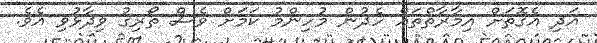
އަދި އެގޮތަށް އިމާރާތްތައް ހެދުން މުހިންމު ކަމަށް ވެސް ތޯރިގު ވިދާޅުވި އެވެ.